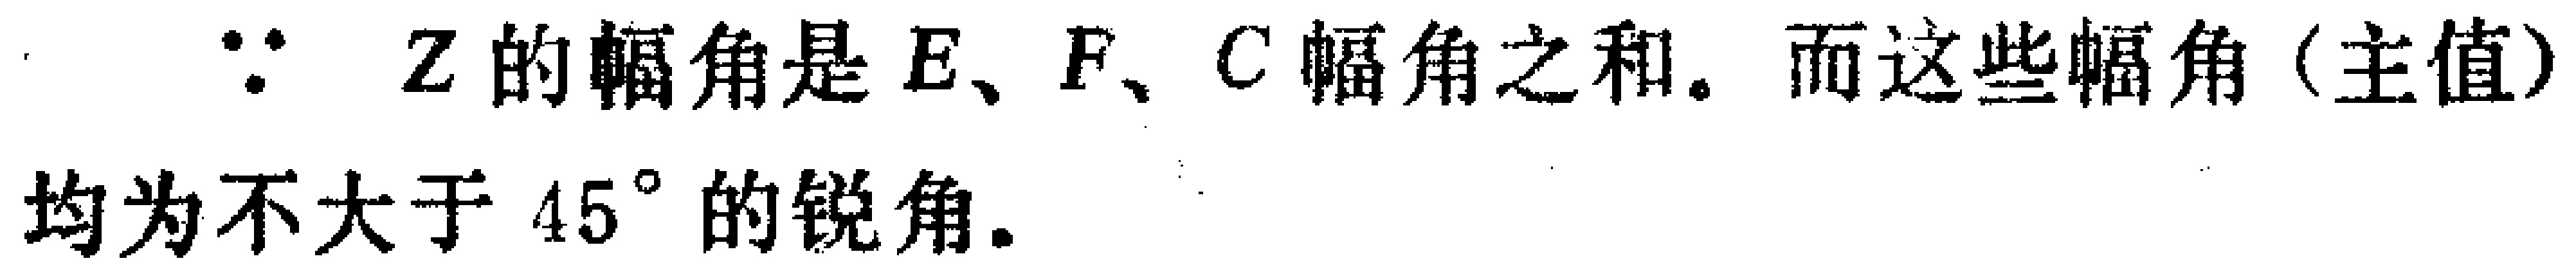
$\because\ Z$的幅角是$E、F、C$幅角之和。而这些幅角（主值）均为不大于$45^{\circ}$的锐角。